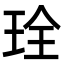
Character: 㻇